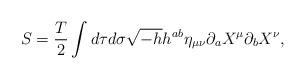
LaTeX: \begin{align*}S= \frac{T}{2} \int d\tau d\sigma \sqrt{-h}h^{ab} \eta_{\mu\nu} \partial_{a} X^{\mu} \partial_{b}X^{\nu} ,\end{align*}